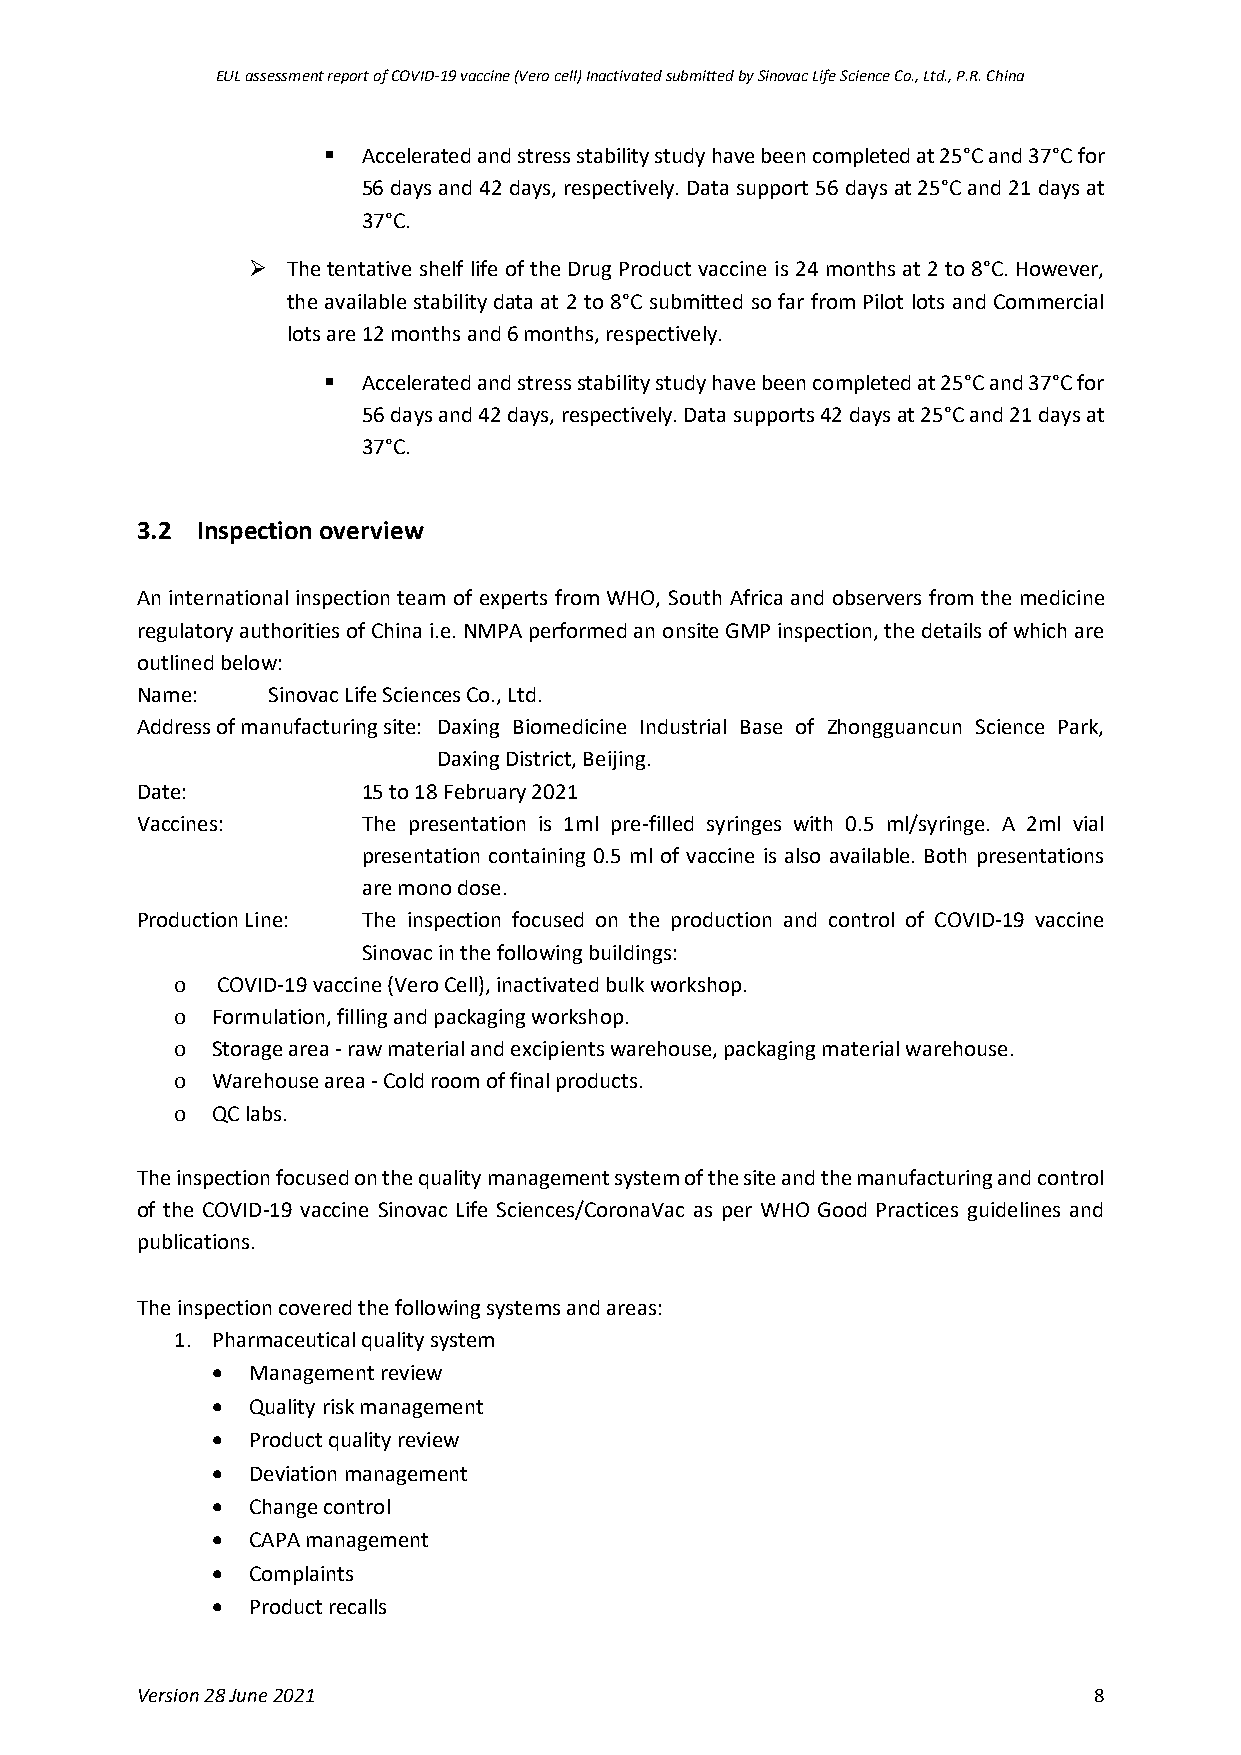
EUL assessment report of COVID-19 vaccine (Vero cell) Inactivated submitted by Sinovac Life Science Co., Ltd., P.R. China
 ▪  Accelerated and stress stability study have been completed at 25°C and 37°C for
 56 days and 42 days, respectively. Data support 56 days at 25°C and 21 days at
 37°C.
 ➢  The tentative shelf life of the Drug Product vaccine is 24 months at 2 to 8°C. However,
 the available stability data at 2 to 8°C submitted so far from Pilot lots and Commercial
 lots are 12 months and 6 months, respectively.
 ▪  Accelerated and stress stability study have been completed at 25°C and 37°C for
 56 days and 42 days, respectively. Data supports 42 days at 25°C and 21 days at
 37°C.
 3.2 Inspection overview
 An international inspection team of experts from WHO, South Africa and observers from the medicine
 regulatory authorities of China i.e. NMPA performed an onsite GMP inspection, the details of which are
 outlined below:
 Name:    Sinovac Life Sciences Co., Ltd.
 Address of manufacturing site: Daxing Biomedicine Industrial Base of Zhongguancun Science Park,
 Daxing District, Beijing.
 Date:          15 to 18 February 2021
 Vaccines:      The presentation is 1ml pre-filled syringes with 0.5 ml/syringe. A 2ml vial
 presentation containing 0.5 ml of vaccine is also available. Both presentations
 are mono dose.
 Production Line: The inspection focused on the production and control of COVID-19 vaccine
 Sinovac in the following buildings:
 o COVID-19 vaccine (Vero Cell), inactivated bulk workshop.
 o Formulation, filling and packaging workshop.
 o Storage area - raw material and excipients warehouse, packaging material warehouse.
 o Warehouse area - Cold room of final products.
 o QC labs.
 The inspection focused on the quality management system of the site and the manufacturing and control
 of the COVID-19 vaccine Sinovac Life Sciences/CoronaVac as per WHO Good Practices guidelines and
 publications.
 The inspection covered the following systems and areas:
 1. Pharmaceutical quality system
 • Management review
 • Quality risk management
 • Product quality review
 • Deviation management
 • Change control
 • CAPA management
 • Complaints
 • Product recalls
 Version 28 June 2021                                           8